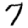
Digit: 7